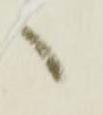
へ